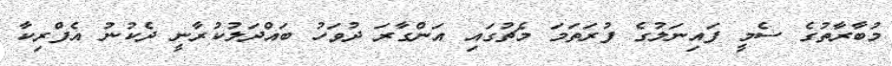
މުބާރާތުގެ ސެމީ ފައިނަލުގެ ފުރަތަމަ މެޗުގައި އަންގާރަ ދުވަހު ބައްދަލުކުރާނީ ދެކުނު އެފްރިކާ